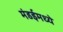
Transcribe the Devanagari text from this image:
मंडईमध्ये